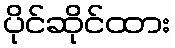
ပိုင်ဆိုင်ထား